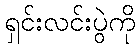
ရှင်းလင်းပွဲကို